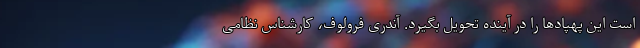
است این پهپادها را در آینده تحویل بگیرد. آندری فرولوف، کارشناس نظامی